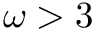
\omega > 3